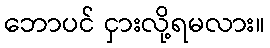
ဘောပင် ငှားလို့ရမလား။